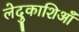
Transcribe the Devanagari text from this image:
लेदुकाशिआँ